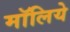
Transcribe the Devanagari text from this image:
मॉलिये